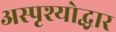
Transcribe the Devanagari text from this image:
अस्पृश्योद्धार